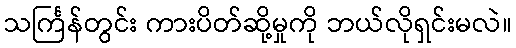
သင်္ကြန်တွင်း ကားပိတ်ဆို့မှုကို ဘယ်လိုရှင်းမလဲ။